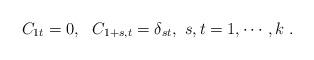
LaTeX: \begin{align*}C_{1t}=0,~ ~C_{1+s,t}=\delta_{st}, ~s,t=1,\cdots,k~.\end{align*}